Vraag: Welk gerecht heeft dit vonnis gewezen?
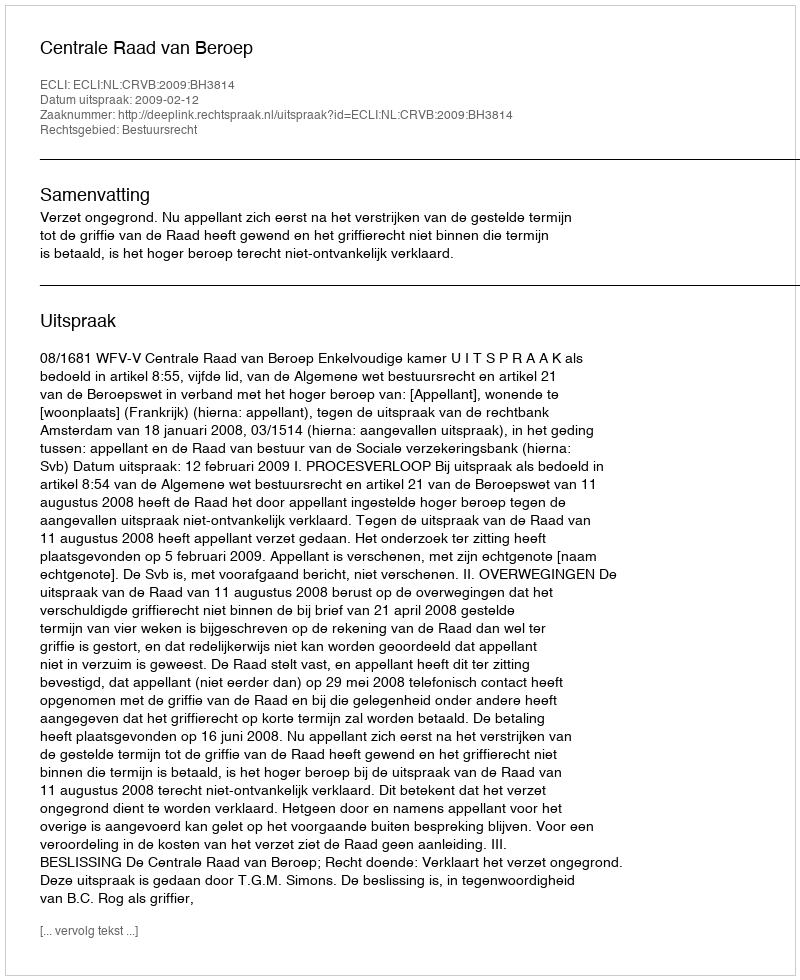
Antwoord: Centrale Raad van Beroep